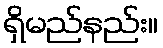
ရှိမည်နည်း။